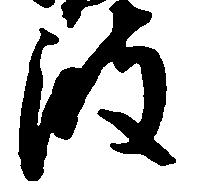
波